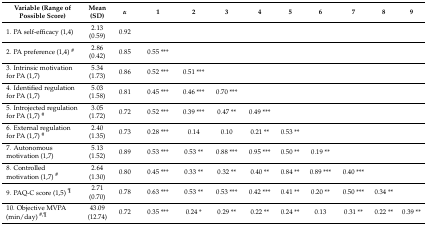
<table><thead><tr><td><b>Variable (Range of Possible Score)</b></td><td><b>Mean (SD)</b></td><td><b><i>α</i></b></td><td><b>1</b></td><td><b>2</b></td><td><b>3</b></td><td><b>4</b></td><td><b>5</b></td><td><b>6</b></td><td><b>7</b></td><td><b>8</b></td><td><b>9</b></td></tr></thead><tbody><tr><td>1. PA self-efficacy (1,4)</td><td>2.13 (0.59)</td><td>0.92</td><td></td><td></td><td></td><td></td><td></td><td></td><td></td><td></td><td></td></tr><tr><td>2. PA preference (1,4) <sup>#</sup></td><td>2.86 (0.42)</td><td>0.85</td><td>0.55 ***</td><td></td><td></td><td></td><td></td><td></td><td></td><td></td><td></td></tr><tr><td>3. Intrinsic motivation for PA (1,7)</td><td>5.34 (1.73)</td><td>0.86</td><td>0.52 ***</td><td>0.51 ***</td><td></td><td></td><td></td><td></td><td></td><td></td><td></td></tr><tr><td>4. Identified regulation for PA (1,7)</td><td>5.03 (1.58)</td><td>0.81</td><td>0.45 ***</td><td>0.46 ***</td><td>0.70 ***</td><td></td><td></td><td></td><td></td><td></td><td></td></tr><tr><td>5. Introjected regulation for PA (1,7) <sup>#</sup></td><td>3.05 (1.72)</td><td>0.72</td><td>0.52 ***</td><td>0.39 ***</td><td>0.47 **</td><td>0.49 ***</td><td></td><td></td><td></td><td></td><td></td></tr><tr><td>6. External regulation for PA (1,7) <sup>#</sup></td><td>2.40 (1.35)</td><td>0.73</td><td>0.28 ***</td><td>0.14</td><td>0.10</td><td>0.21 **</td><td>0.53 **</td><td></td><td></td><td></td><td></td></tr><tr><td>7. Autonomous motivation (1,7)</td><td>5.13 (1.52)</td><td>0.89</td><td>0.53 ***</td><td>0.53 **</td><td>0.88 ***</td><td>0.95 ***</td><td>0.50 **</td><td>0.19 **</td><td></td><td></td><td></td></tr><tr><td>8. Controlled motivation (1,7) <sup>#</sup></td><td>2.64 (1.30)</td><td>0.80</td><td>0.45 ***</td><td>0.33 **</td><td>0.32 **</td><td>0.40 **</td><td>0.84 **</td><td>0.89 ***</td><td>0.40 ***</td><td></td><td></td></tr><tr><td>9. PAQ-C score (1,5) <sup>¶</sup></td><td>2.71 (0.70)</td><td>0.78</td><td>0.63 ***</td><td>0.53 **</td><td>0.53 ***</td><td>0.42 ***</td><td>0.41 **</td><td>0.20 **</td><td>0.50 ***</td><td>0.34 **</td><td></td></tr><tr><td>10. Objective MVPA (min/day) <sup>#,¶</sup></td><td>43.09 (12.74)</td><td>0.72</td><td>0.35 ***</td><td>0.24 *</td><td>0.29 **</td><td>0.22 **</td><td>0.24 **</td><td>0.13</td><td>0.31 **</td><td>0.22 **</td><td>0.39 **</td></tr></tbody></table>